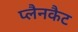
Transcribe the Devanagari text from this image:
प्लैनकैट